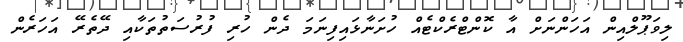
ލިވަޕޫލްއިން އަހަންނަށް އާ ކޮންޓްރެކްޓެއް ހުށަނާޅައިފިނަމަ ދެން ހުރި ފުރުސަތުތަކާއި ދޭތެރޭ އަހަރެން